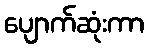
ပျောက်ဆုံးကာ